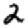
Digit: 2